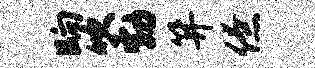
晌吹勃笄僚